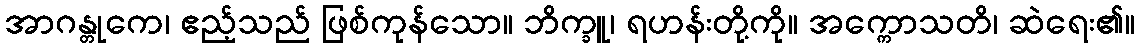
အာဂန္တုကေ၊ ဧည့်သည် ဖြစ်ကုန်သော။ ဘိက္ခူ၊ ရဟန်းတို့ကို။ အက္ကောသတိ၊ ဆဲရေး၏။